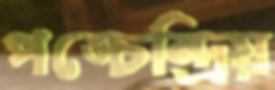
পঙ্চেন্দ্রিয়